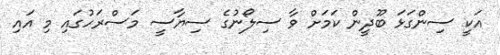
އަކީ ސިންގަޅަ ބޫދީން ކަމަށް ވާ ސިލޯނުގެ ސިޔާސީ މަސްރަހުގައި މި އައި